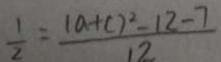
\frac { 1 } { 2 } = \frac { ( a + c ) ^ { 2 } - 1 2 - 7 } { 1 2 }